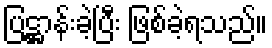
ပြဋ္ဌာန်းခဲ့ပြီး ဖြစ်ခဲ့ရသည်။